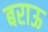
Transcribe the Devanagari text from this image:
बराऊ